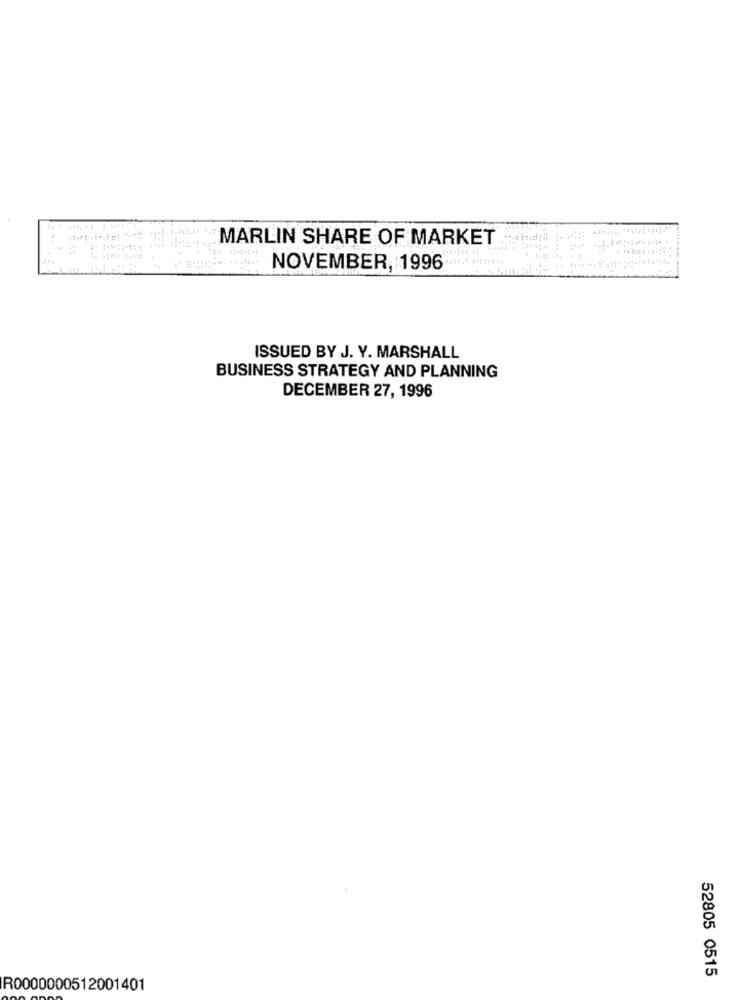
MARLIN SHARE OF MARKET
NOVEMBER, 1996
ISSUED BY J. Y. MARSHALL
BUSINESS STRATEGY AND PLANNING
DECEMBER 27, 1996
52805 0515
R0000000512001401